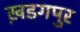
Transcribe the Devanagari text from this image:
ख़डगपुर